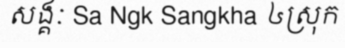
សង្គៈ Sa Ngk Sangkha ៤ស្រុក